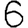
Digit: 6